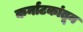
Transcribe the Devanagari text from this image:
कर्नाटकांतून